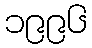
၁၉၉၆